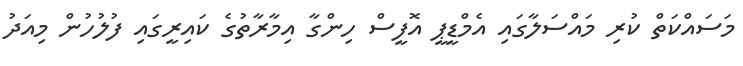
މަސައްކަތް ކުރި މައްސަލާގައި އެމްޑީޕީ އޮފީސް ހިންގާ އިމާރާތުގެ ކައިރީގައި ފުލުހުން މިއަދު